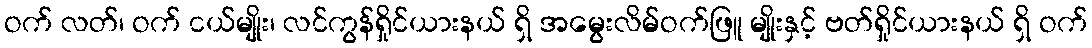
ဝက် လတ်၊ ဝက် ငယ်မျိုး၊ လင်ကွန်ရှိုင်ယားနယ် ရှိ အမွေးလိမ်ဝက်ဖြူ မျိုးနှင့် ဗတ်ရှိုင်ယားနယ် ရှိ ဝက်